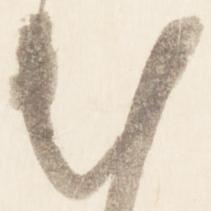
出